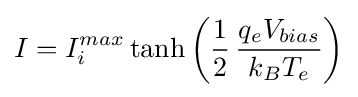
I=I_{i}^{max}\tanh \left({\frac {1}{2}}\,{\frac {q_{e}V_{bias}}{k_{B}T_{e}}}\right)